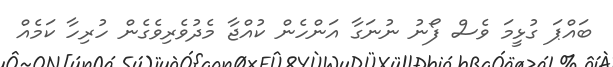
ބައްޕަ ގުޅީމަ ވެސް ފޯނު ނުނަގާ އަންހެން ކުއްޖާ މެދުވެރިވެގެން ހުރިހާ ކަމެއް